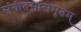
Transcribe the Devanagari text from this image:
संगीतसारामृतम्